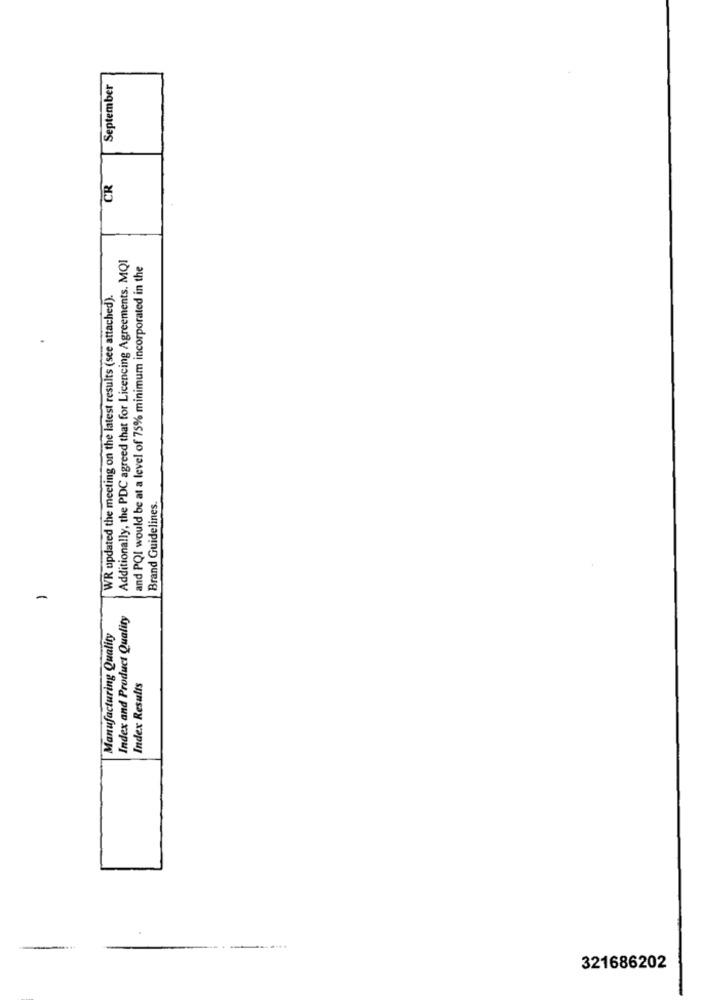
September
CR
Additionally, the PDC agreed that for Licencing Agreements. MQI
and PQI would be at a level of 75% minimum incorporated in the
WR updated the meeting on the latest results (see attached).
Brand Guidelines.
-
Index and Product Quality
Manufacturing Quality
Index Results
.....
321686202